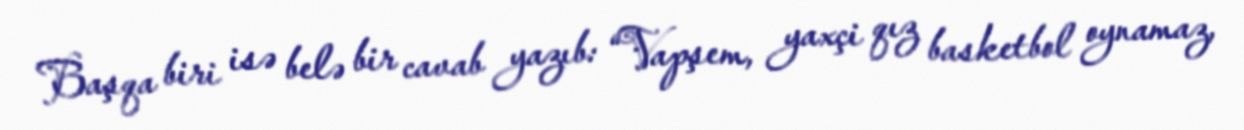
Başqa biri isə belə bir cavab yazıb: “Vapşem, yaxçi qız basketbol oynamaz,